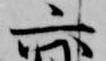
六